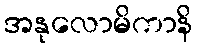
အနုလောမိကာနိ